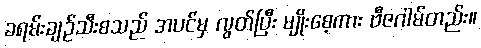
ခရမ်းချဉ်သီးစသည် အပင်မှ လွတ်ပြီး မျိုးစေ့ကား ဗီဇဂါမ်တည်း။